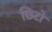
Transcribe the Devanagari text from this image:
छिटो